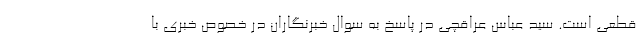
قطعی است. سید عباس عراقچی در پاسخ به سوال خبرنگاران در خصوص خبری با